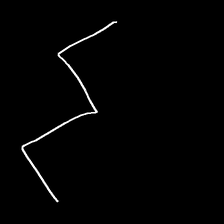
Glyph: crush